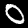
Digit: 0